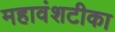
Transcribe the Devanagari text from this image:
महावंशटीका